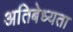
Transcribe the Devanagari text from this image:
अतिबेध्यता